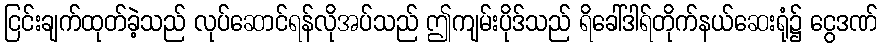
ငြင်းချက်ထုတ်ခဲ့သည် လုပ်ဆောင်ရန်လိုအပ်သည် ဤကျမ်းပိုဒ်သည် ရိခေါ်ဒါရ်တိုက်နယ်ဆေးရုံ၌ ငွေဒဏ်